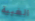
الغبية